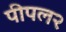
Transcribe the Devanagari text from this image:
पीपल२